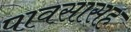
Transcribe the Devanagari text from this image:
पावसासह